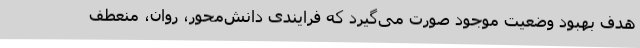
هدف بهبود وضعیت موجود صورت می‌گیرد که فرایندی دانش‌محور، روان، منعطف